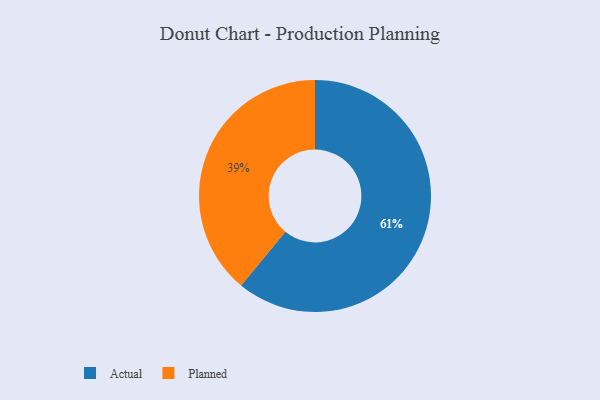
{"axis": {"x": "Category", "y": "Percentage"}, "legend": ["Actual", "Planned"], "data": [{"x": "Actual", "y": 61, "type": "Actual"}, {"x": "Planned", "y": 39, "type": "Planned"}]}